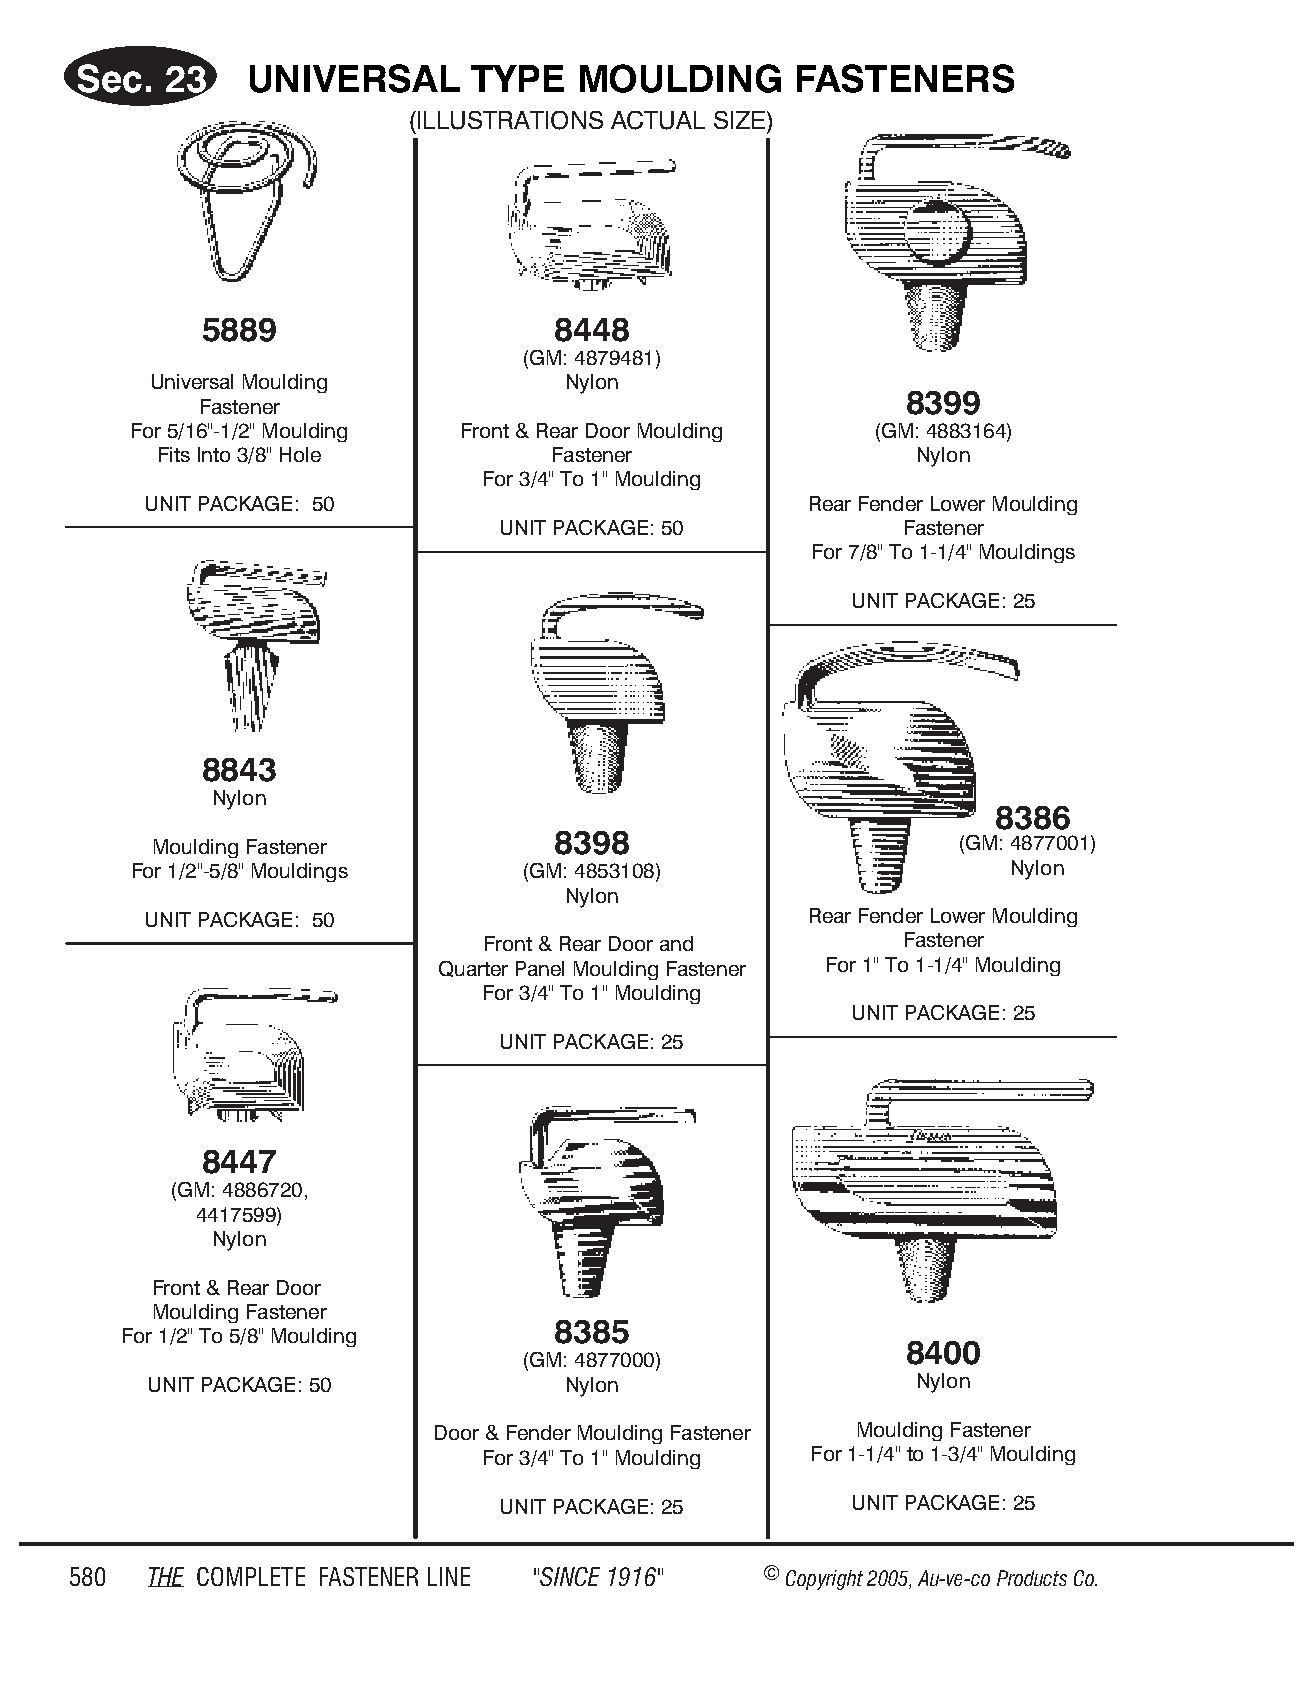
Sec.  23    UNI VER  SAL  TYPE   MOULD     ING  FAS  TEN ERS
 (IL LUS TRA TIONS AC TUAL SIZE)
 5889                   8448
 (GM: 4879481)
 Universal Moulding          Nylon
 8399
 Fastener
 For 5/16"-1/2" Moulding Front & Rear Door Moulding (GM: 4883164)
 Fits Into 3/8" Hole       Fastener                Nylon
 For 3/4" To 1" Moulding
 UNIT PACKAGE: 50                            Rear Fender Lower Moulding
 UNIT PACKAGE: 50           Fastener
 For 7/8" To 1-1/4" Mouldings
 UNIT PACKAGE: 25
 8843
 Nylon
 8386
 Moulding Fastener          8398                       (GM: 4877001)
 For 1/2"-5/8" Mouldings   (GM: 4853108)                   Nylon
 Nylon
 UNIT PACKAGE: 50                            Rear Fender Lower Moulding
 Front & Rear Door and       Fastener
 Quarter Panel Moulding Fastener For 1" To 1-1/4" Moulding
 For 3/4" To 1" Moulding
 UNIT PACKAGE: 25
 UNIT PACKAGE: 25
 8447
 (GM: 4886720,
 4417599)
 Nylon
 Front & Rear Door
 Moulding Fastener
 8385
 For 1/2" To 5/8" Moulding
 8400
 (GM: 4877000)
 UNIT PACKAGE: 50            Nylon                  Nylon
 Door & Fender Moulding Fastener Moulding Fastener
 For 3/4" To 1" Moulding For 1-1/4" to 1-3/4" Moulding
 UNIT PACKAGE: 25        UNIT PACKAGE: 25
 580  THE COM PLETE FAST ENER LINE "SINCE 1916" © Copyr ight 2005, Au-ve-co Produ cts Co.